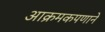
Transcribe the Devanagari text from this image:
आक्रमकपणाने